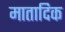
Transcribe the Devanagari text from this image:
मातादिक